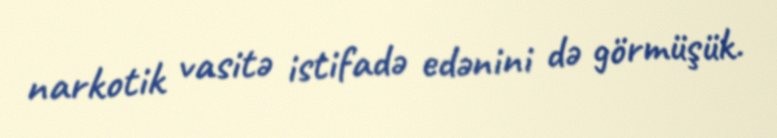
narkotik vasitə istifadə edənini də görmüşük.